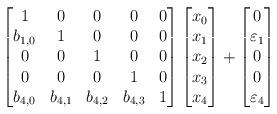
LaTeX: \begin{align*} \begin{bmatrix}1 & 0 & 0 & 0 & 0 \\b_{1,0} & 1 & 0 & 0 & 0 \\0 & 0 & 1 & 0 & 0 \\0 & 0 & 0 & 1 & 0 \\b_{4,0} & b_{4,1} & b_{4,2} & b_{4,3} & 1 \\\end{bmatrix} \begin{bmatrix}x_0 \\x_1 \\x_2 \\x_3 \\x_4 \\\end{bmatrix} +\begin{bmatrix}0 \\\varepsilon_1 \\0 \\0 \\\varepsilon_4 \\\end{bmatrix} \end{align*}